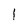
Character: 1